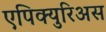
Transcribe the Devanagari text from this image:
एपिक्युरिअस